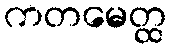
ကတမေတ္ထ